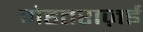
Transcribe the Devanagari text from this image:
मेहतराज़ई